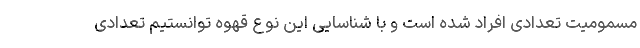
مسمومیت تعدادی افراد شده است و با شناسایی این نوع قهوه توانستیم تعدادی